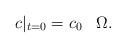
LaTeX: \begin{align*} c|_{t=0} &= c_{0}\;\;\;\Omega. \end{align*}